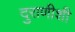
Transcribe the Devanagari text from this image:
दुराणीशी